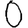
Digit: 0